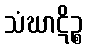
သံဃာဋိဉ္စ